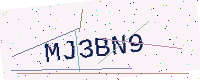
Text: MJ3BN9